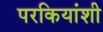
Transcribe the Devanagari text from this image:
परकियांशी